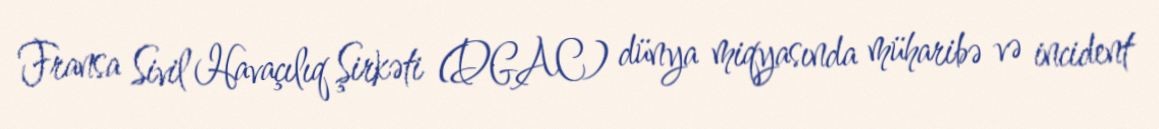
Fransa Sivil Havaçılıq Şirkəti (DGAC) dünya miqyasında müharibə və incident